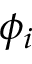
\phi _ { i }